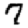
Digit: 7